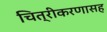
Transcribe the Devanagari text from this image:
चित्रीकरणासह